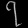
Digit: ၇